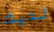
لديك